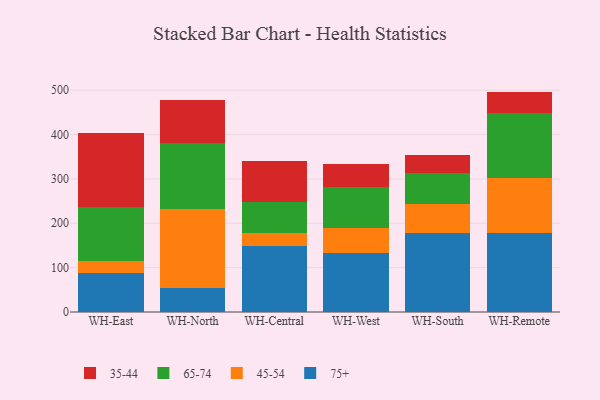
{"axis": {"x": "Warehouse", "y": "Shipments"}, "legend": ["35-44", "45-54", "65-74", "75+"], "data": [{"x": "WH-East", "y": 86.9, "type": "75+"}, {"x": "WH-East", "y": 27.9, "type": "45-54"}, {"x": "WH-East", "y": 122.4, "type": "65-74"}, {"x": "WH-East", "y": 167.0, "type": "35-44"}, {"x": "WH-North", "y": 53.0, "type": "75+"}, {"x": "WH-North", "y": 178.1, "type": "45-54"}, {"x": "WH-North", "y": 149.8, "type": "65-74"}, {"x": "WH-North", "y": 98.0, "type": "35-44"}, {"x": "WH-Central", "y": 147.9, "type": "75+"}, {"x": "WH-Central", "y": 30.6, "type": "45-54"}, {"x": "WH-Central", "y": 69.8, "type": "65-74"}, {"x": "WH-Central", "y": 91.8, "type": "35-44"}, {"x": "WH-West", "y": 132.2, "type": "75+"}, {"x": "WH-West", "y": 57.3, "type": "45-54"}, {"x": "WH-West", "y": 91.3, "type": "65-74"}, {"x": "WH-West", "y": 51.9, "type": "35-44"}, {"x": "WH-South", "y": 177.3, "type": "75+"}, {"x": "WH-South", "y": 67.1, "type": "45-54"}, {"x": "WH-South", "y": 68.7, "type": "65-74"}, {"x": "WH-South", "y": 41.2, "type": "35-44"}, {"x": "WH-Remote", "y": 178.5, "type": "75+"}, {"x": "WH-Remote", "y": 123.0, "type": "45-54"}, {"x": "WH-Remote", "y": 146.7, "type": "65-74"}, {"x": "WH-Remote", "y": 48.6, "type": "35-44"}]}